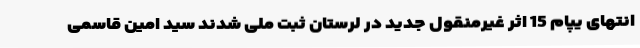
انتهای یپام 15 اثر غیرمنقول جدید در لرستان ثبت ملی شدند سید امین قاسمی